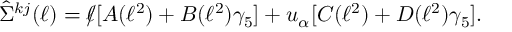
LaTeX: \displaystyle \hat { \Sigma } ^ { k j } ( \ell ) = \rlap / \ell [ A ( \ell ^ { 2 } ) + B ( \ell ^ { 2 } ) \gamma _ { 5 } ] + u _ { \alpha } [ C ( \ell ^ { 2 } ) + D ( \ell ^ { 2 } ) \gamma _ { 5 } ] .